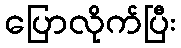
ပြောလိုက်ပြီး